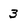
Character: 3